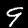
Digit: 9